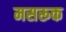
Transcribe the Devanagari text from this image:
मसरूक